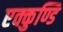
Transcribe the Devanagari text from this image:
एक्कुण्डि